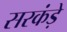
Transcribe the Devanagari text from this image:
सरकंड़े